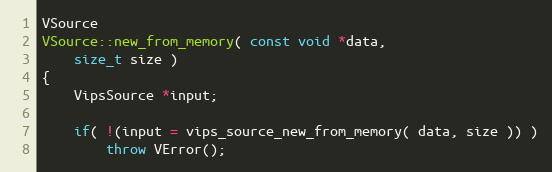
Language: C++
VSource
VSource::new_from_memory( const void *data,
	size_t size )
{
	VipsSource *input;

	if( !(input = vips_source_new_from_memory( data, size )) )
		throw VError();